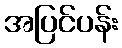
အပြင်ပန်း